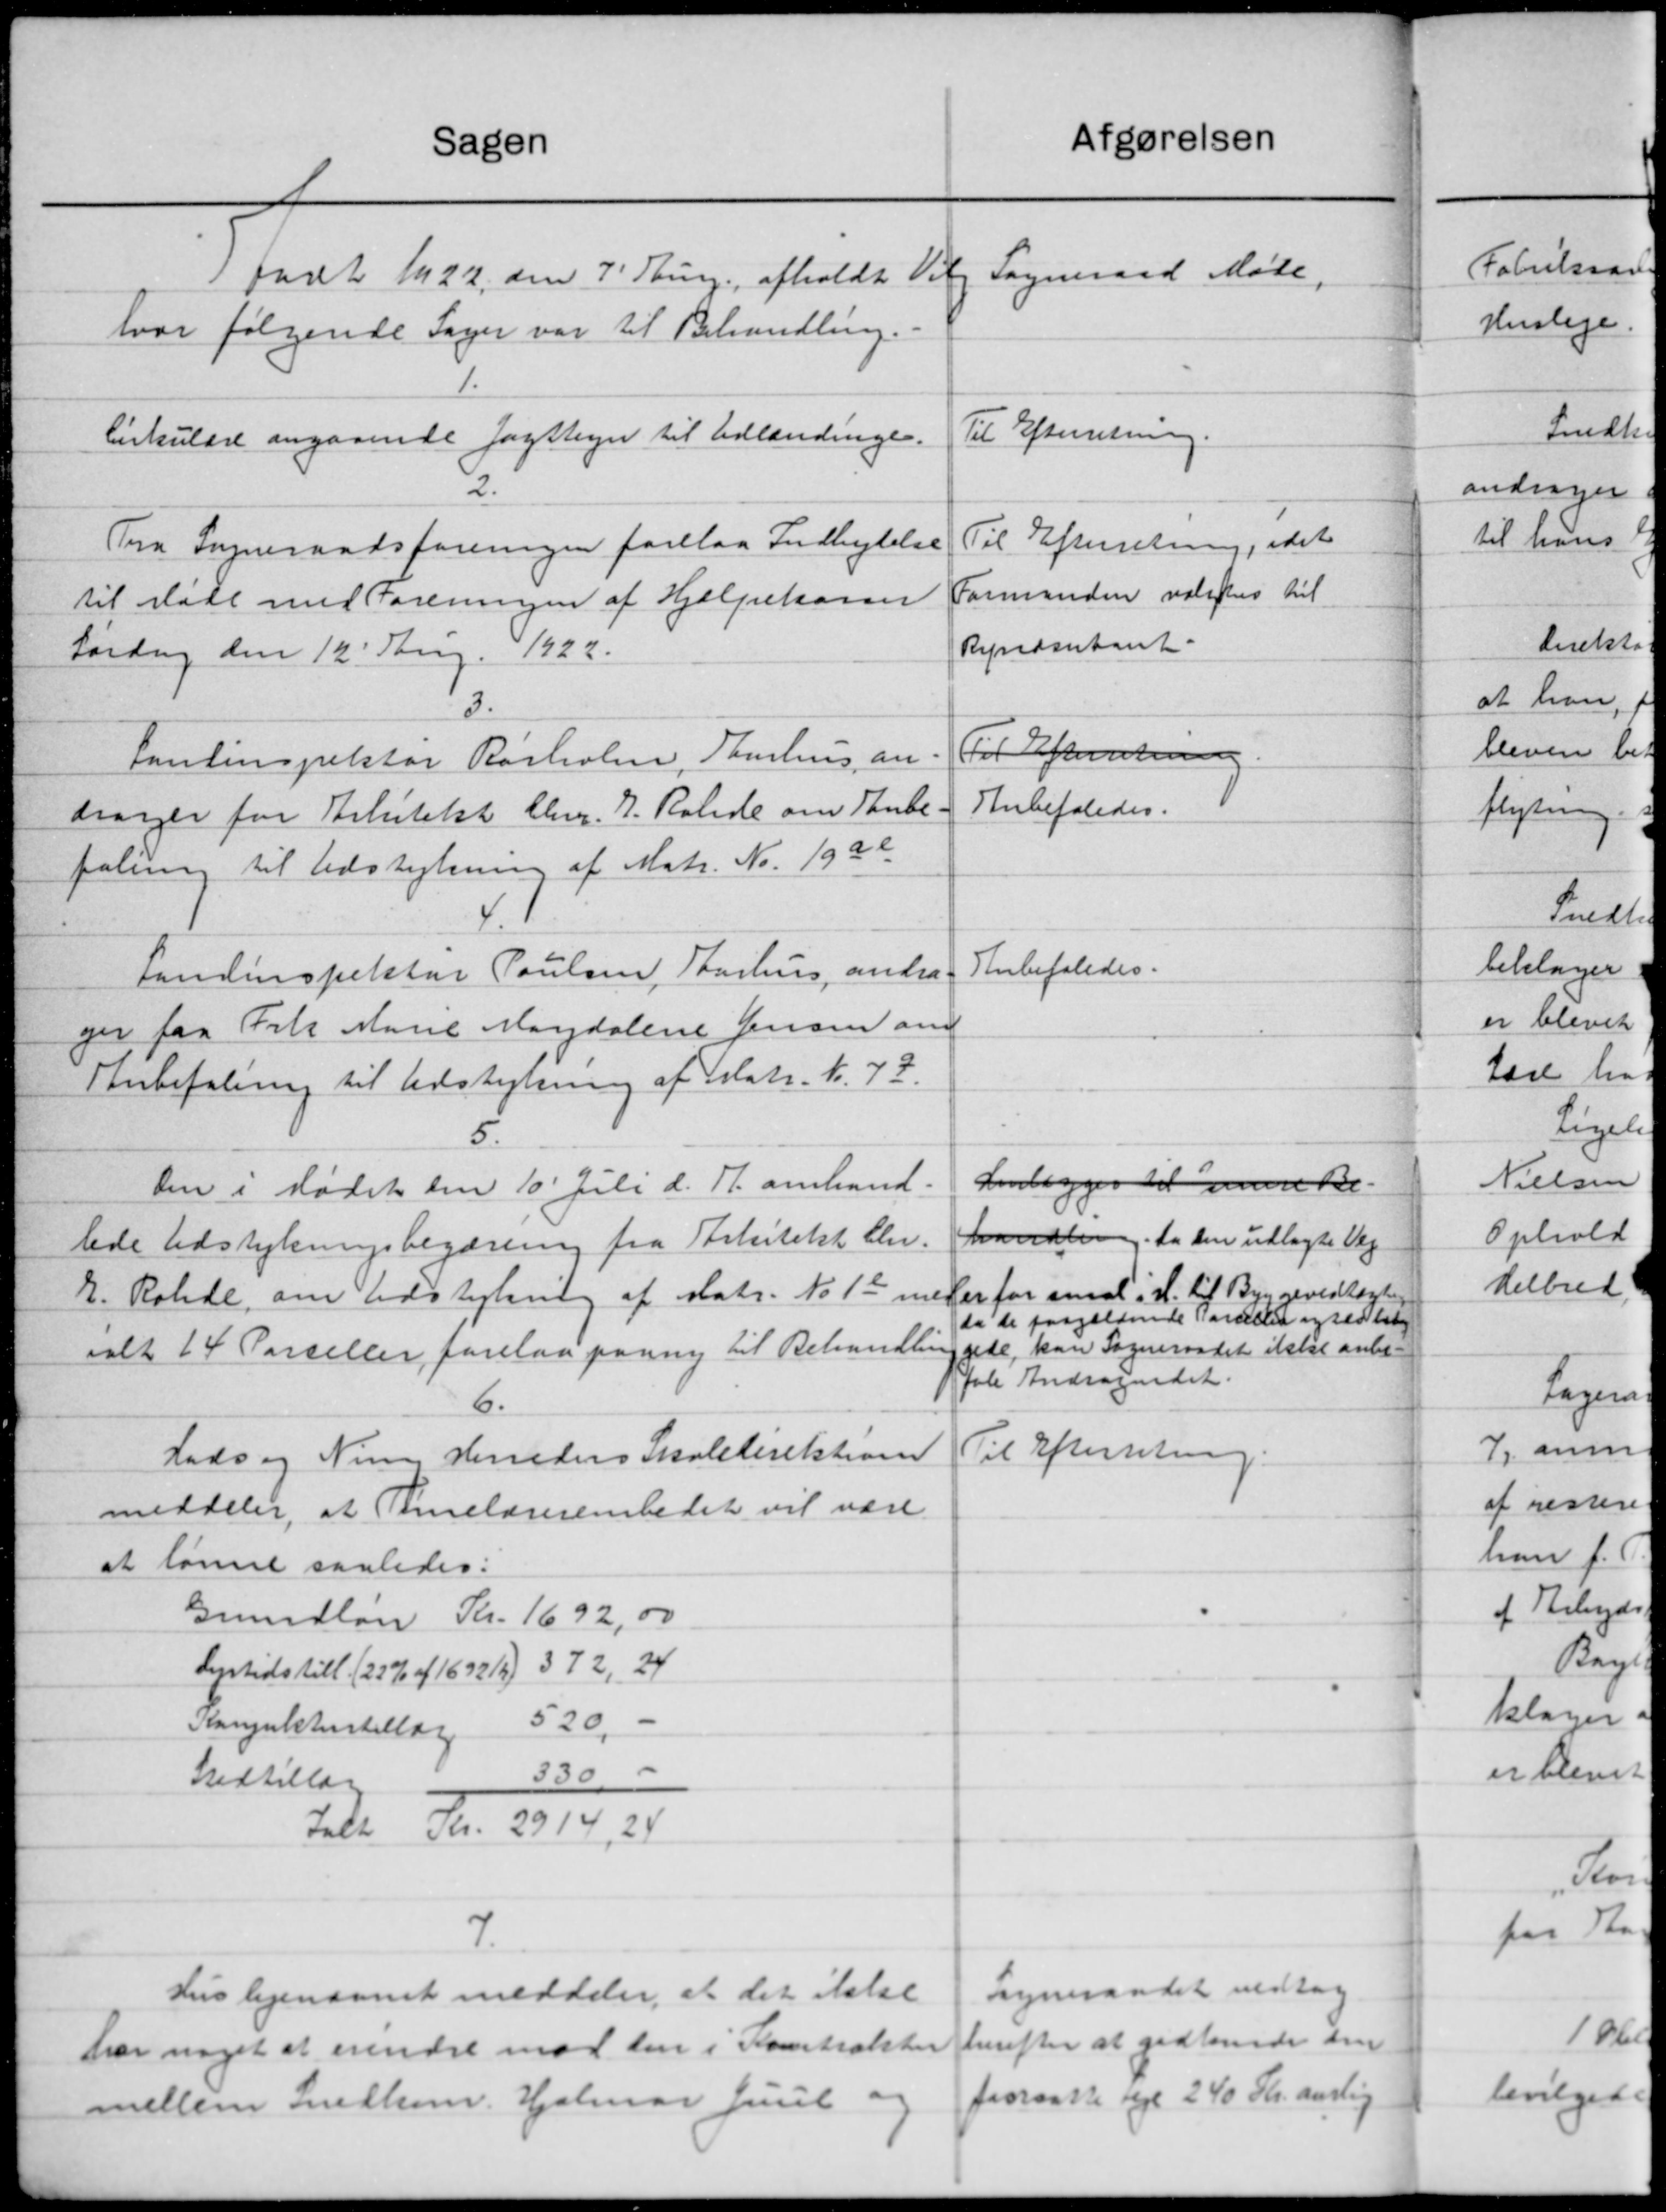
Transskription:
Sagen
1 født N. 22, den 7' Thung afholdt Vil
hvor følgende Sager var til Behandling.
4.
Cirkulære angaaende Jagttsyn til Udlændinger.
2.
Frra Sogneraadsforeningen forelaa Indbydelse
til Møde med Foreningen af Hjælpekassen
Lørdag den 12' Aug. 1922.
3.
Pantinspektør Rørholm, Aarhus an-
drager for Arkitekst bleve. 1. Ralede om Anbe-
faling til Udstykning af Matr. Nr. 1920
4
Landinspektør Poulsen, Thurhus andra
ger fra Frk Marie Magdalene Jensen om
Anbefalering til Udstykning af Matr. Nr. 79.
Den i Mødet den 10' Juli d. A. omhand-
lede Udstykningsbegæring fra Arkitekt Chr.
2. Rohde, om Udstykning af Matr. No 12 med
ialt 14 Parceller forelaa paany til Behandling
6.
Hads og Nim Herreders Skoledirektione
meddeler, at Timelærerembedet vil være
at lønne saaledes:
Grundløn Kr. 1692,00
Dyrtidstill. (23 % af 1692 12) 372, 24
520,-
Kangultirstillæg
330  -
Indtillag
telse for 1910, 18
7.
Huslejensamt meddeler, at det ikke
har noget at erindre mod den i Kontralster
mellem Snedkom. Hjalmar Juul og